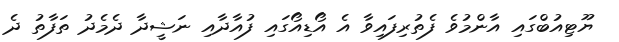
ޔޫޓިއުބްގައި އާންމުވެ ފެތުރިފައިވާ އެ އޯޑިއޯގައި ފުއާދާއި ނަޝީދާ ދެމެދު ތަފާތު ދެ